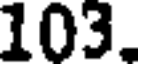
103.